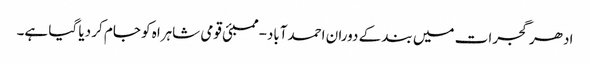
ادھر گجرات میں بند کے دوران احمدآباد-ممبئی قومی شاہراہ کو جام کر دیا گیا ہے۔